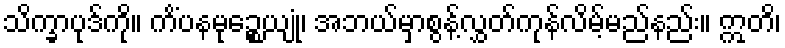
သိက္ခာပုဒ်ကို။ ကိံပနမုဉ္စေယျုံ၊ အဘယ်မှာစွန့်လွှတ်ကုန်လိမ့်မည်နည်း။ ဣတိ၊